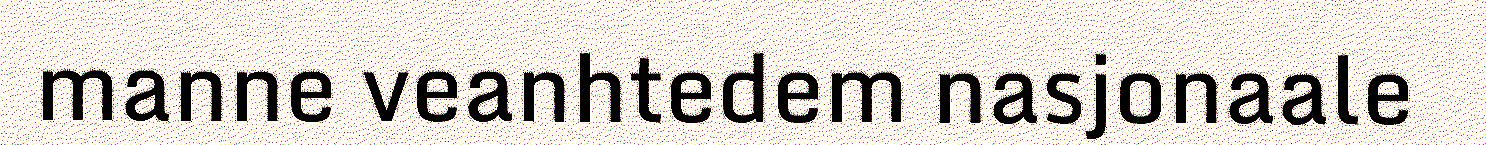
manne veanhtedem nasjonaale